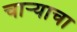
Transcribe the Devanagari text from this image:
चार्‍याचा